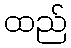
ထည်